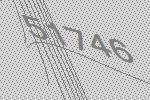
51746